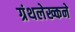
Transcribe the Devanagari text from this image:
ग्रंथलेख्कने